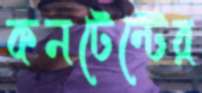
কনটেন্টের